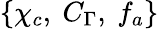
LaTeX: \{ \chi_{c},~C_{\Gamma},~f_{a}\}